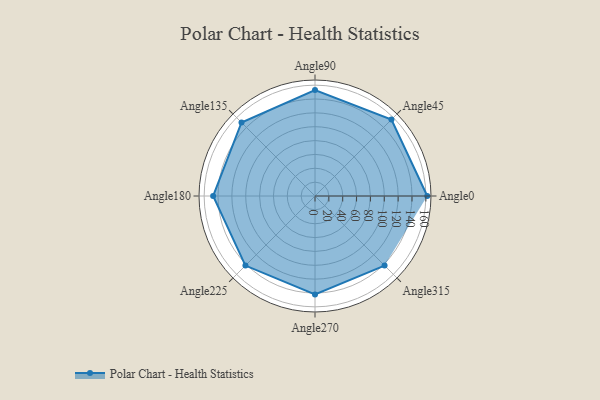
{"axis": {"x": "Angle", "y": "Radius"}, "legend": [""], "data": [{"x": "Angle0", "y": 162.0, "type": ""}, {"x": "Angle45", "y": 156.0, "type": ""}, {"x": "Angle90", "y": 153.0, "type": ""}, {"x": "Angle135", "y": 150.0, "type": ""}, {"x": "Angle180", "y": 147.0, "type": ""}, {"x": "Angle225", "y": 142.0, "type": ""}, {"x": "Angle270", "y": 142.0, "type": ""}, {"x": "Angle315", "y": 142.0, "type": ""}]}